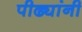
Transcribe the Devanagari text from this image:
पीढ्यांनी